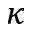
\kappa